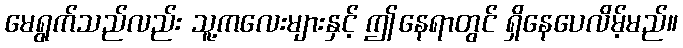
မေရွက်သည်လည်း သူ့ကလေးများနှင့် ဤနေရာတွင် ရှိနေပေလိမ့်မည်။